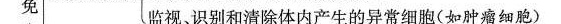
免监视、识别和清除体内产生的异常细胞(如肿瘤细胞)